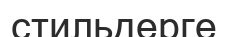
стильдерге